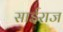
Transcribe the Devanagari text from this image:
साईराज